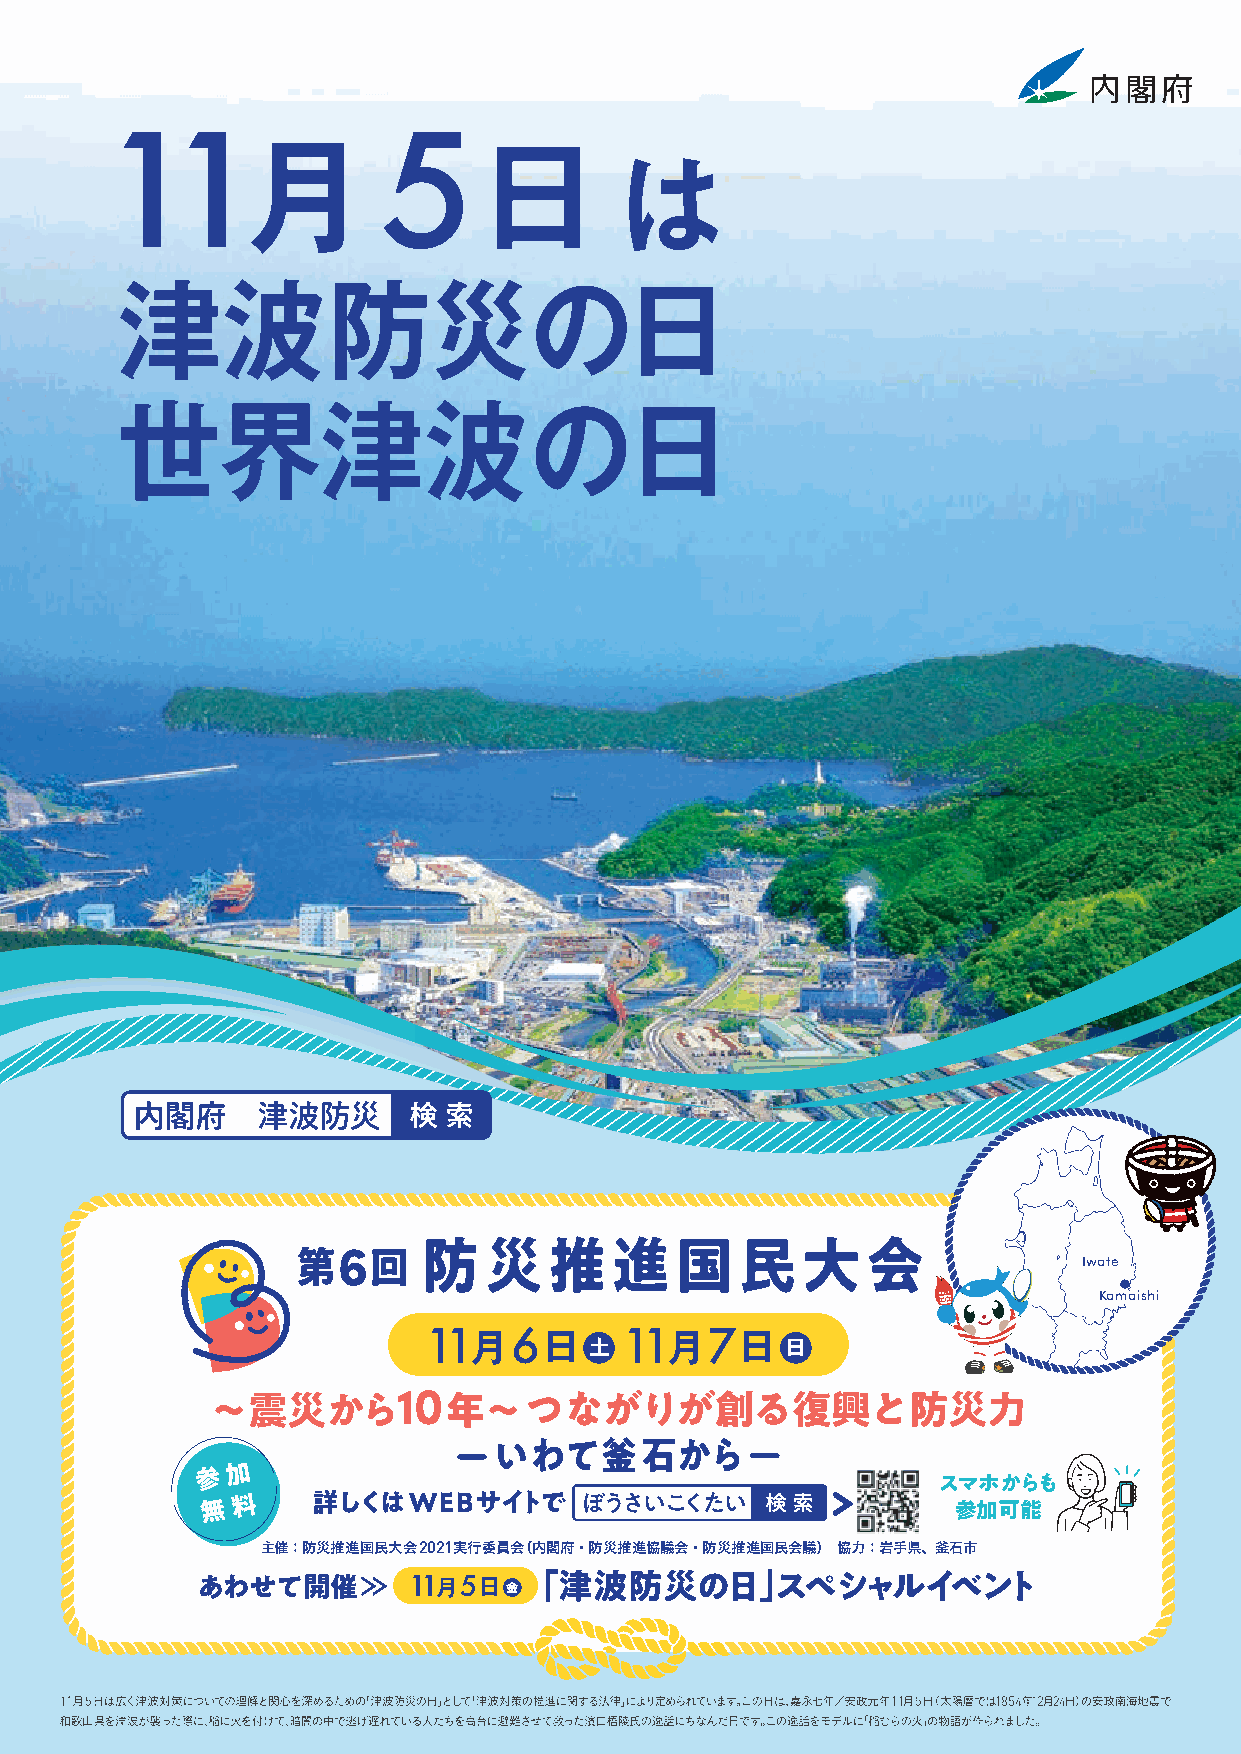
21096707_F.01a_CMYK_MCC21 2021.9.30 表面
 11                5
 月               日
 は
 津波防災の日
 世界津波の日
 内閣府     津波防災      検 索
 6
 第    回   防災推進国民大会                                   Iwate
 Kamaishi
 11月6日
 土
 11月7日
 日
 10
 〜震災から          年〜つながりが創る復興と防災力
 いわて釜石から
 参 加
 スマホからも
 無 料     詳しくはWEBサイトで      ぼうさいこくたい    検索           参加可能
 主催：防災推進国民大会2021実行委員会（内閣府・防災推進協議会・防災推進国民会議） 協力：岩手県、釜石市
 あわせて開催        11月5日金  「津波防災の日」スペシャルイベント